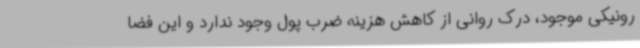
رونیکی موجود، درک روانی از کاهش هزینه ضرب پول وجود ندارد و این فضا